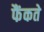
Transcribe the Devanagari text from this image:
फैंकते